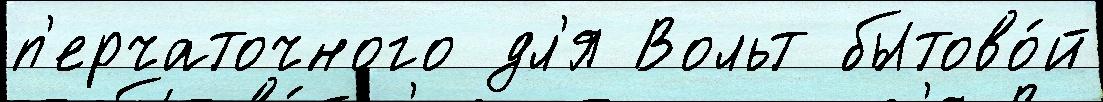
п'ерчаточного дл'я Вольт бытово́й